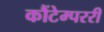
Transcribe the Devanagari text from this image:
कौंटेम्पररी